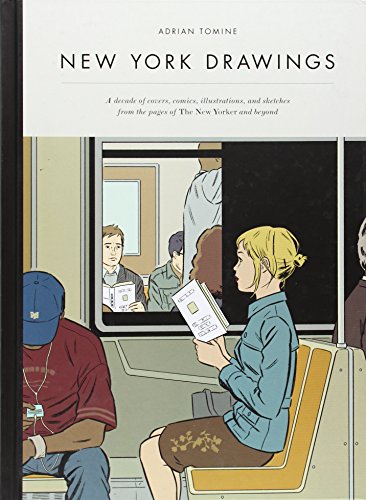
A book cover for New York Drawings; Adrian Tomine; Comics & Graphic Novels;